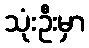
သုံးဦးမှာ